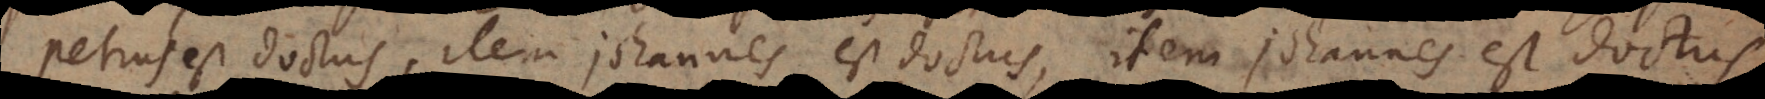
Petrus est doctus, item Johannes est doctus, item Johannes est doctus